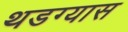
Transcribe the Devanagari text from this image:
थडग्यास